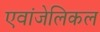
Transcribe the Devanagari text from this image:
एवांजेलिकल